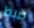
ضبط